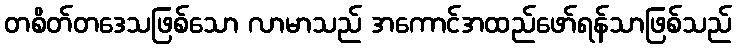
တစိတ်တဒေသဖြစ်သော လာမာသည် အကောင်အထည်ဖော်ရန်သာဖြစ်သည်